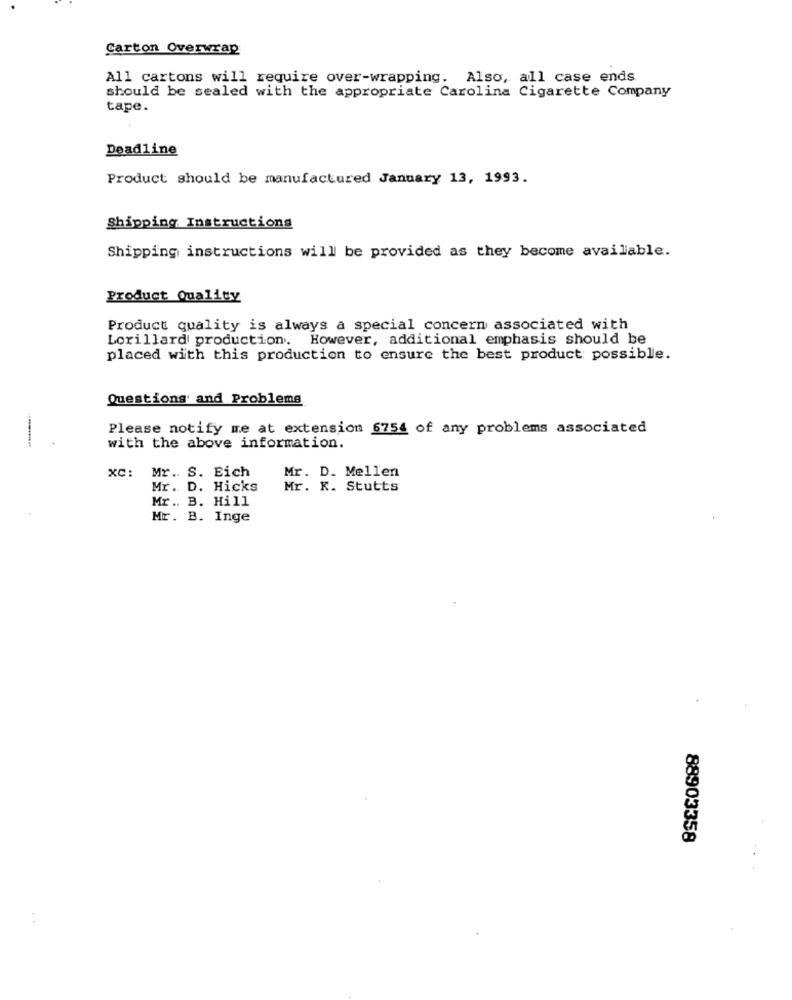
Carton Overwrap
All cartons will require over-wrapping. Also, all case ends
should be sealed with the appropriate Carolina Cigarette Company
tape.
Deadline
Product should be manufactured January 13, 1993.
Shipping Instructions
Shipping instructions will be provided as they become available.
Product Quality
Product quality is always a special concern associated with
Lorillard production. However, additional emphasis should be
placed with this production to ensure the best product possible.
Questions and Problems
Please notify me at extension 6754 of any problems associated
with the above information.
xC:
Mr. S. Eich
Mr. D. Mellen
Mr. D. Hicks
Mr. X. Stutts
Mr .. B. Hill
Mr. B. Inge
88903358